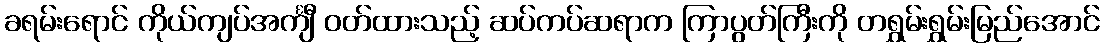
ခရမ်းရောင် ကိုယ်ကျပ်အင်္ကျီ ဝတ်ထားသည့် ဆပ်ကပ်ဆရာက ကြာပွတ်ကြီးကို တရွှမ်းရွှမ်းမြည်အောင်